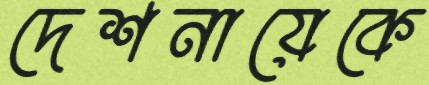
দেশনায়েকে